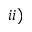
i i )